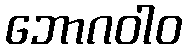
ဘောဂဝါဝ